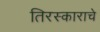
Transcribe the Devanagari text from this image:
तिरस्काराचे